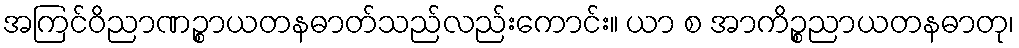
အကြင်ဝိညာဏဉ္စာယတနဓာတ်သည်လည်းကောင်း။ ယာ စ အာကိဉ္စညာယတနဓာတု၊